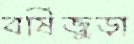
বর্ষিজুড়া